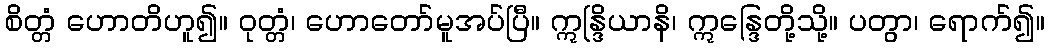
စိတ္တံ ဟောတိဟူ၍။ ဝုတ္တံ၊ ဟောတော်မူအပ်ပြီ။ ဣန္ဒြိယာနိ၊ ဣန္ဒြေတို့သို့။ ပတွာ၊ ရောက်၍။